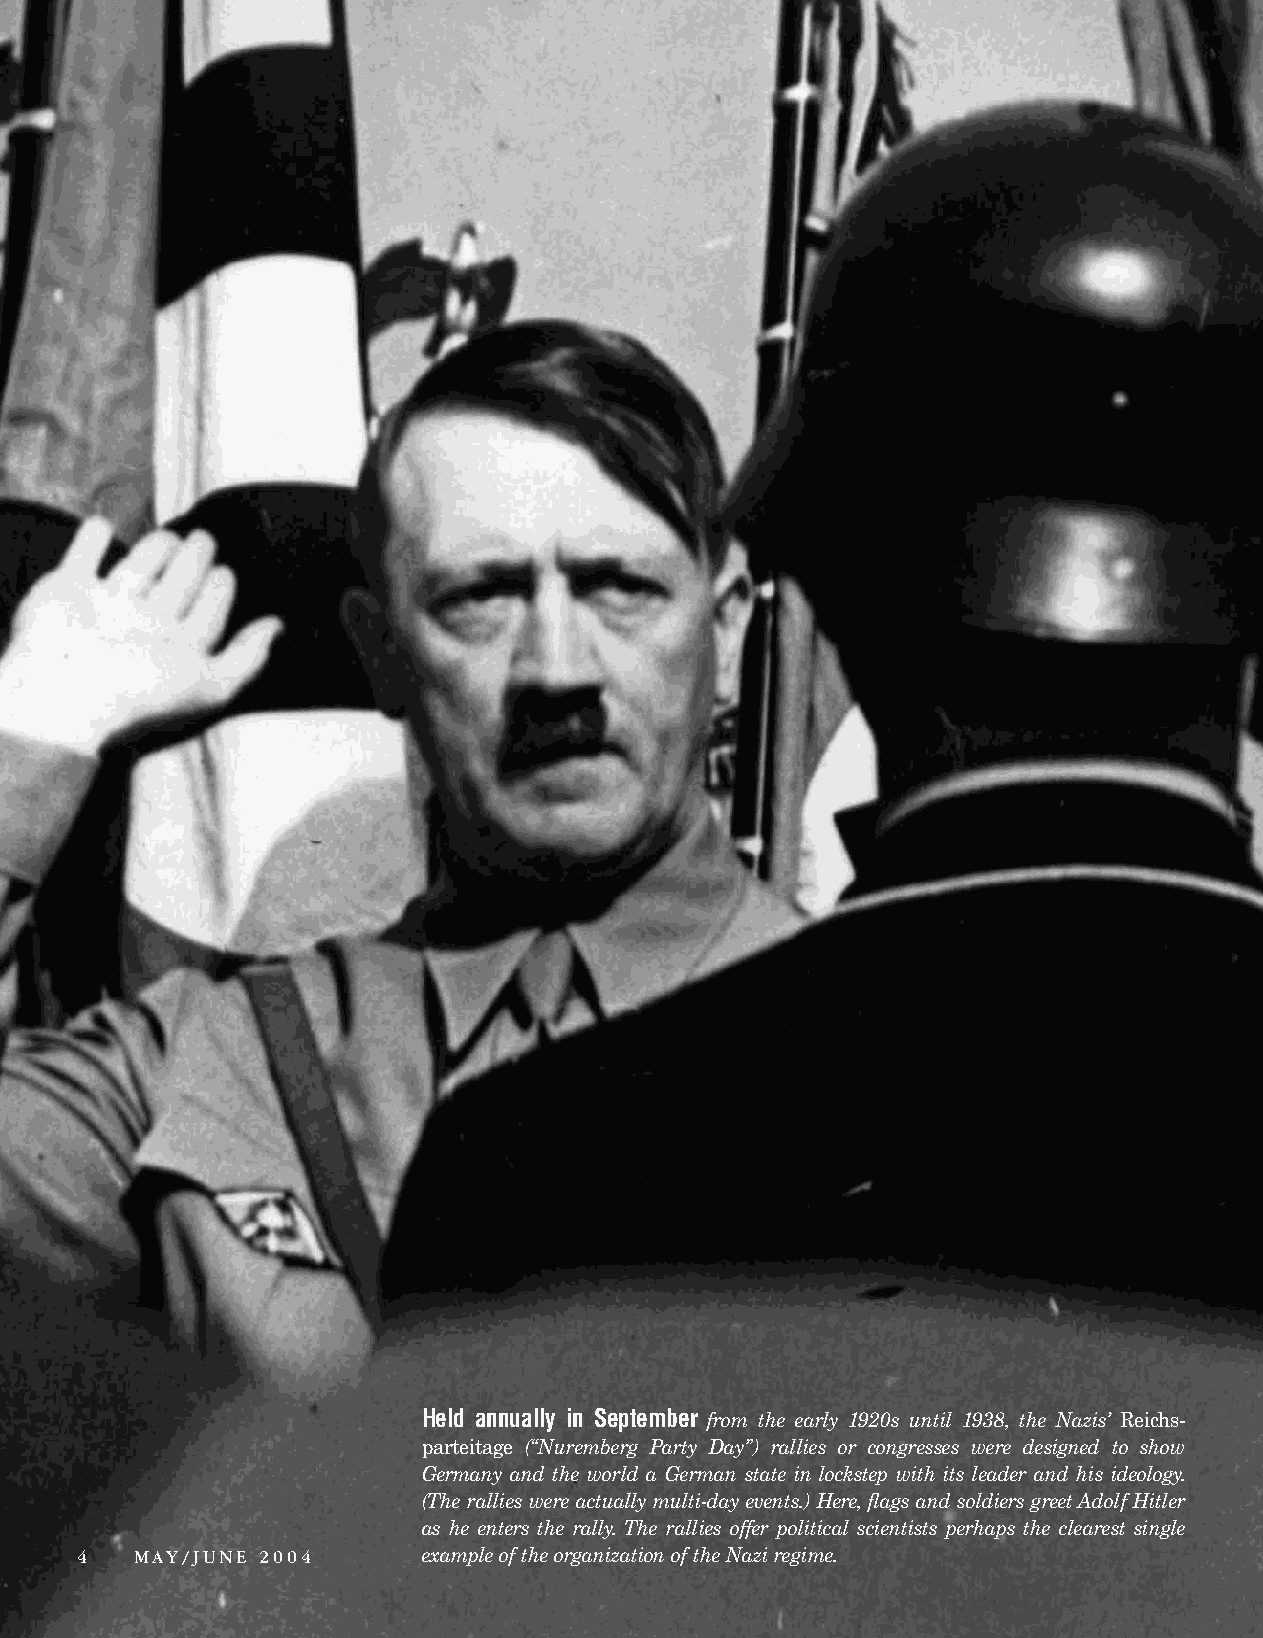
Held annually in September from the early 1920s until 1938, the Nazis’ Reichs-
 parteitage (“Nuremberg Party Day”) rallies or congresses were designed to show
 Germany and the world a German state in lockstep with its leader and his ideology.
 (Therallieswereactuallymulti-dayevents.)Here,flagsandsoldiersgreetAdolfHitler
 as he enters the rally. The rallies offer political scientists perhaps the clearest single
 4   MAY/JUNE 2004      exampleoftheorganizationoftheNaziregime.